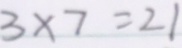
3 \times 7 = 2 1